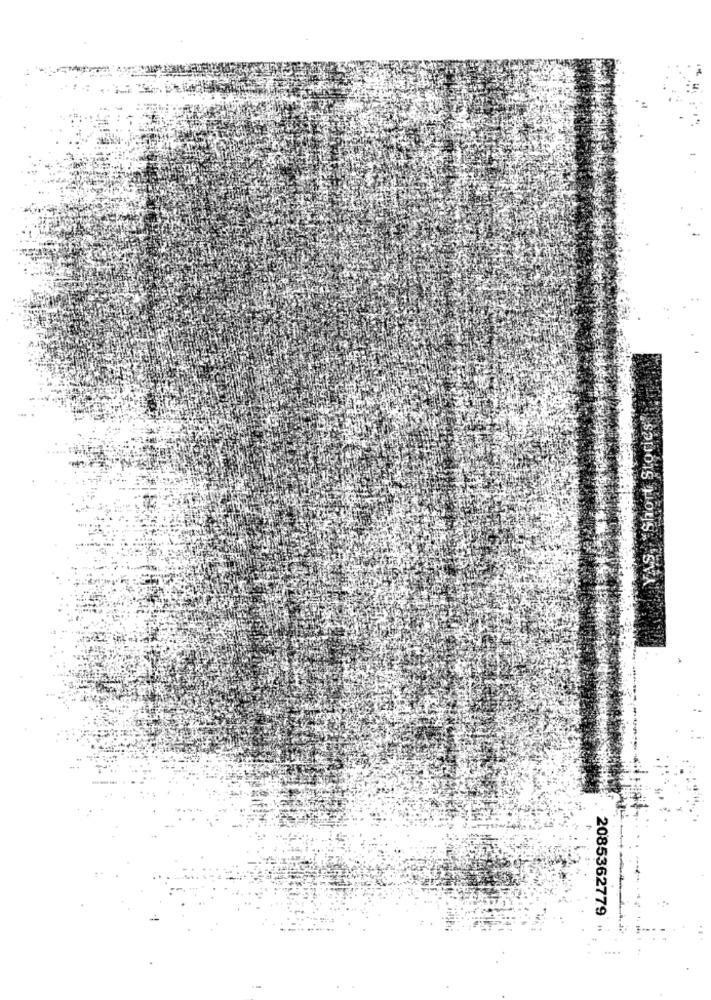
YAS, Short Stories
2085362779